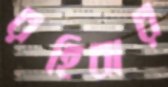
রহিবার